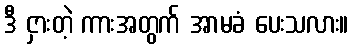
ဒီ ငှားတဲ့ ကားအတွက် အာမခံ ပေးသလား။